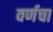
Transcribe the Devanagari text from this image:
वर्णचा